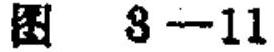
图 3-11